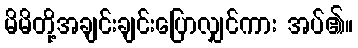
မိမိတို့အချင်းချင်းပြောလျှင်ကား အပ်၏။